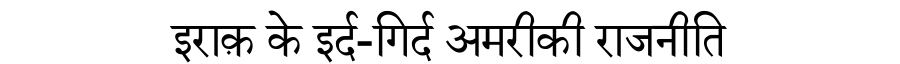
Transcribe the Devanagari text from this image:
इराक़ के इर्द-गिर्द अमरीकी राजनीति